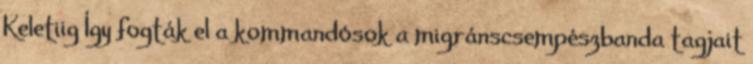
Keletiig Így fogták el a kommandósok a migránscsempészbanda tagjait